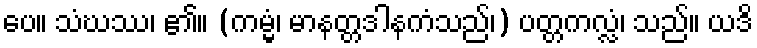
ပေ။ သံဃဿ၊ ၏။ (ကမ္မံ၊ မာနတ္တဒါနကံသည်၊) ပတ္တကလ္လံ၊ သည်။ ယဒိ